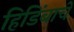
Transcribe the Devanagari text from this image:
हिडिंबाचे